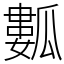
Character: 𤬏